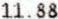
11.88